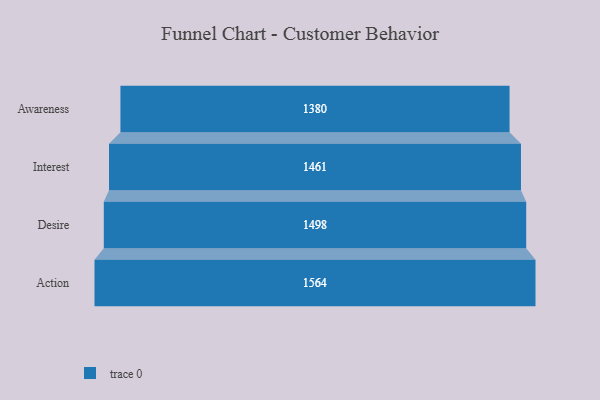
{"axis": {"x": "Stage", "y": "Value"}, "legend": [""], "data": [{"x": "Awareness", "y": 1380.0, "type": ""}, {"x": "Interest", "y": 1461.0, "type": ""}, {"x": "Desire", "y": 1498.0, "type": ""}, {"x": "Action", "y": 1564.0, "type": ""}]}